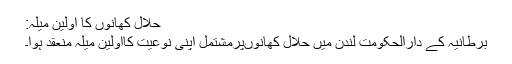
حلال کھانوں کا اولین میلہ:
برطانیہ کے دارالحکومت لندن میں حلال کھانوںپرمشتمل اپنی نوعیت کااولین میلہ منعقد ہوا۔